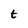
Character: t